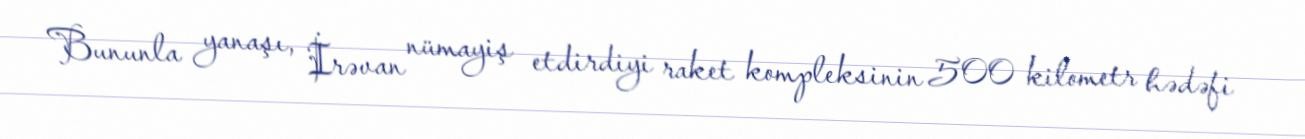
Bununla yanaşı, İrəvan nümayiş etdirdiyi raket kompleksinin 500 kilometr hədəfi